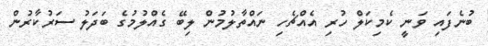
ބުނެފައި ވަނީ ކެމިކަލް ހުރި އެއްޗެހި ނައްތާލުމުން ލިބޭ ގެއްލުމުގެ ބަދަލު ސަރުކާރުން